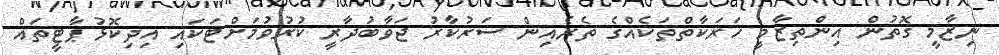
ނިޒާމީ ގޮތުން އިންތިޒާމީ ހަރަކާތްތަކެއްގެ ތެރެއިން ސަރުކާރު ޖަވާބުދާރީ ކުރުވުމަށްޓަކައި އިދިކޮޅު ޕާޓީތައް